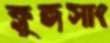
ক্লুঙ্গসাং